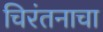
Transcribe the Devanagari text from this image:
चिरंतनाचा